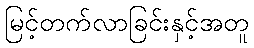
မြင့်တက်လာခြင်းနှင့်အတူ